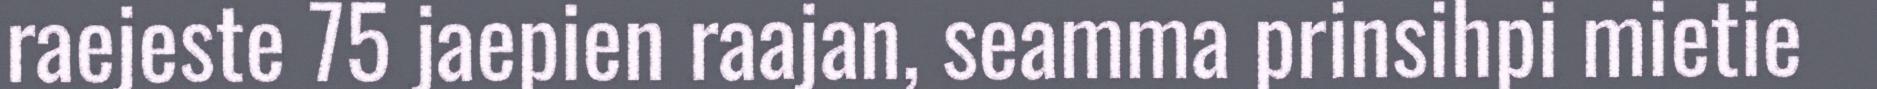
raejeste 75 jaepien raajan, seamma prinsihpi mietie